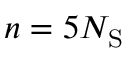
n = 5 N _ { \mathrm { S } }